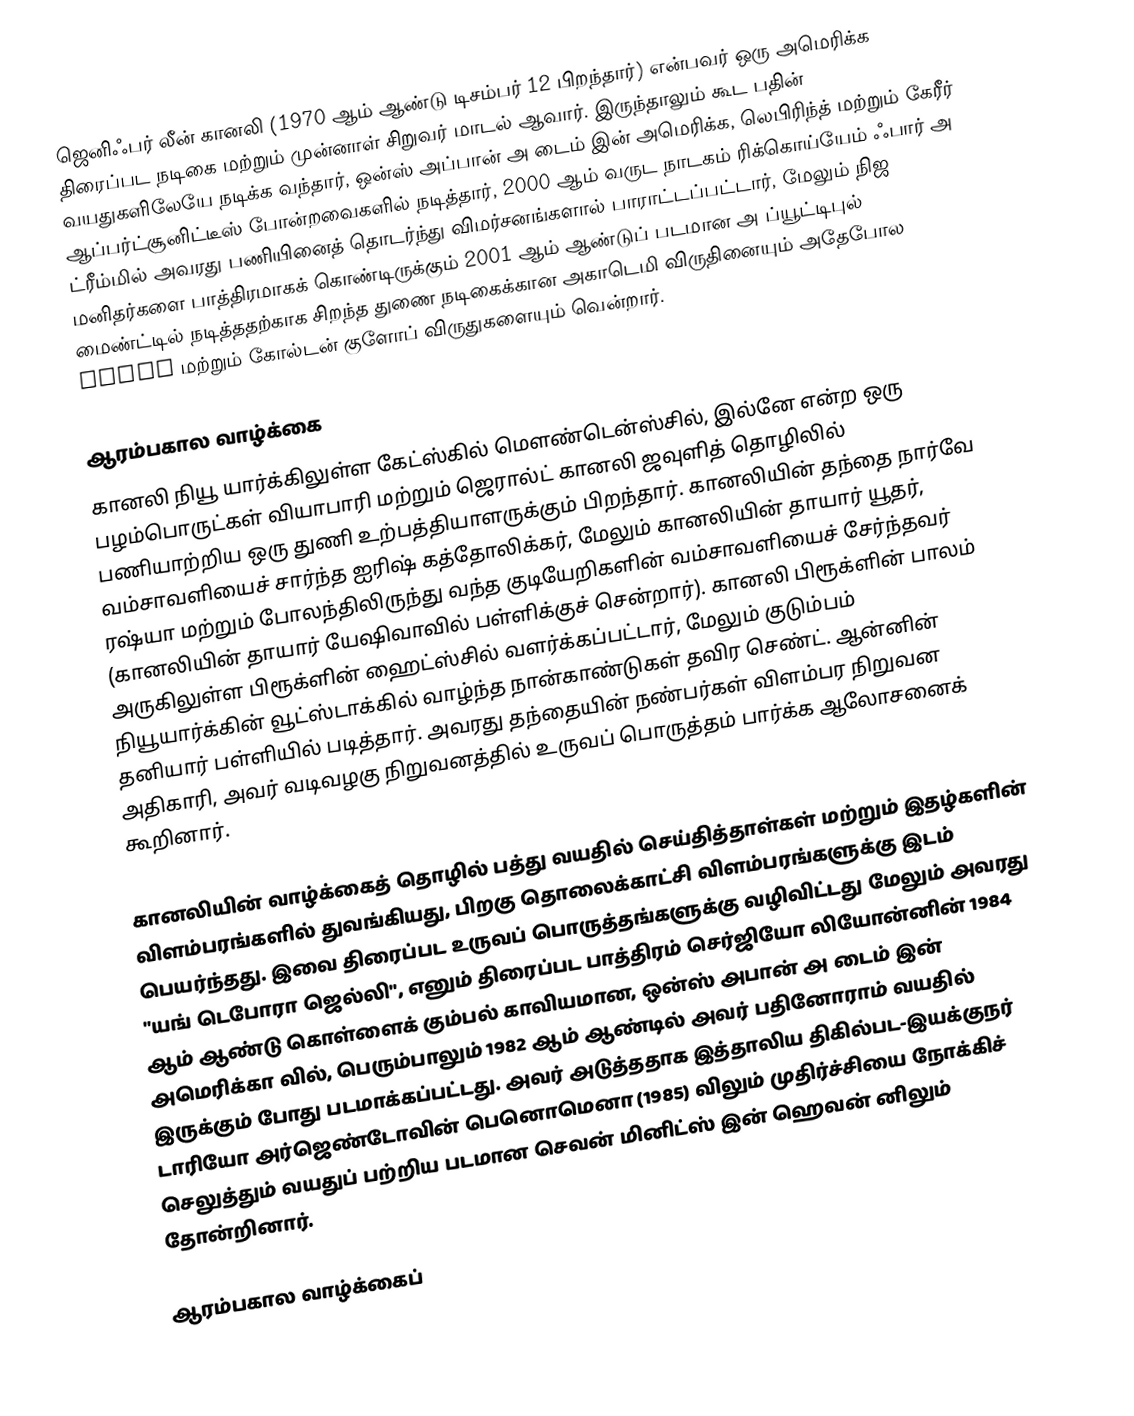
ஜெனிஃபர் லீன் கானலி (1970 ஆம் ஆண்டு டிசம்பர் 12 பிறந்தார்) என்பவர் ஒரு அமெரிக்க திரைப்பட நடிகை மற்றும் முன்னாள் சிறுவர் மாடல் ஆவார். இருந்தாலும் கூட பதின் வயதுகளிலேயே நடிக்க வந்தார், ஒன்ஸ் அப்பான் அ டைம் இன் அமெரிக்க, லெபிரிந்த் மற்றும் கேரீர் ஆப்பர்ட்சூனிட்டீஸ் போன்றவைகளில் நடித்தார், 2000 ஆம் வருட நாடகம் ரிக்கொய்யேம் ஃபார் அ ட்ரீம்மில் அவரது பணியினைத் தொடர்ந்து விமர்சனங்களால் பாராட்டப்பட்டார், மேலும் நிஜ மனிதர்களை பாத்திரமாகக் கொண்டிருக்கும் 2001 ஆம் ஆண்டுப் படமான அ ப்யூட்டிபுல் மைண்ட்டில் நடித்ததற்காக சிறந்த துணை நடிகைக்கான அகாடெமி விருதினையும் அதேபோல BAFTA மற்றும் கோல்டன் குளோப் விருதுகளையும் வென்றார்.

ஆரம்பகால வாழ்க்கை
கானலி நியூ யார்க்கிலுள்ள கேட்ஸ்கில் மௌண்டென்ஸ்சில், இல்னே என்ற ஒரு பழம்பொருட்கள் வியாபாரி மற்றும் ஜெரால்ட் கானலி ஜவுளித் தொழிலில் பணியாற்றிய ஒரு துணி உற்பத்தியாளருக்கும் பிறந்தார். கானலியின் தந்தை நார்வே வம்சாவளியைச் சார்ந்த ஐரிஷ் கத்தோலிக்கர், மேலும் கானலியின் தாயார் யூதர், ரஷ்யா மற்றும் போலந்திலிருந்து வந்த குடியேறிகளின் வம்சாவளியைச் சேர்ந்தவர் (கானலியின் தாயார் யேஷிவாவில் பள்ளிக்குச் சென்றார்). கானலி பிரூக்ளின் பாலம் அருகிலுள்ள பிரூக்ளின் ஹைட்ஸ்சில் வளர்க்கப்பட்டார், மேலும் குடும்பம் நியூயார்க்கின் வூட்ஸ்டாக்கில் வாழ்ந்த நான்காண்டுகள் தவிர செண்ட். ஆன்னின் தனியார் பள்ளியில் படித்தார். அவரது தந்தையின் நண்பர்கள் விளம்பர நிறுவன அதிகாரி, அவர் வடிவழகு நிறுவனத்தில் உருவப் பொருத்தம் பார்க்க ஆலோசனைக் கூறினார்.

கானலியின் வாழ்க்கைத் தொழில் பத்து வயதில் செய்தித்தாள்கள் மற்றும் இதழ்களின் விளம்பரங்களில் துவங்கியது, பிறகு தொலைக்காட்சி விளம்பரங்களுக்கு இடம் பெயர்ந்தது. இவை திரைப்பட உருவப் பொருத்தங்களுக்கு வழிவிட்டது மேலும் அவரது "யங் டெபோரா ஜெல்லி", எனும் திரைப்பட பாத்திரம் செர்ஜியோ லியோன்னின் 1984 ஆம் ஆண்டு கொள்ளைக் கும்பல் காவியமான, ஒன்ஸ் அபான் அ டைம் இன் அமெரிக்கா வில், பெரும்பாலும் 1982 ஆம் ஆண்டில் அவர் பதினோராம் வயதில் இருக்கும் போது படமாக்கப்பட்டது. அவர் அடுத்ததாக இத்தாலிய திகில்பட-இயக்குநர் டாரியோ அர்ஜெண்டோவின் பெனொமெனா (1985) விலும் முதிர்ச்சியை நோக்கிச் செலுத்தும் வயதுப் பற்றிய படமான செவன் மினிட்ஸ் இன் ஹெவன் னிலும் தோன்றினார்.

ஆரம்பகால வாழ்க்கைப்